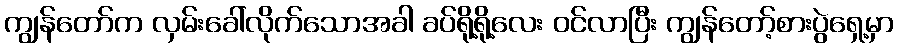
ကျွန်တော်က လှမ်းခေါ်လိုက်သောအခါ ခပ်ရို့ရို့လေး ဝင်လာပြီး ကျွန်တော့်စားပွဲရှေ့မှာ